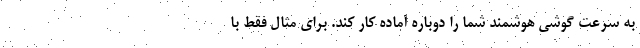
به سرعت گوشی هوشمند شما را دوباره آماده کار کند. برای مثال فقط با